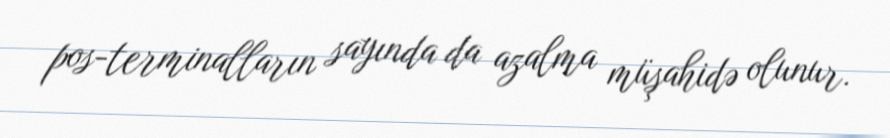
pos-terminalların sayında da azalma müşahidə olunur.